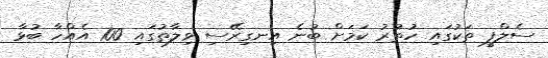
ސެލްފީ ތަކުގައި ހުތުރު ކަމަށް ބުނެ އިނގިރޭސި ވިލާތުގައި 100 އެއްހާ ބުޅާ